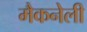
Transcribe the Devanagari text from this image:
मैकनेली